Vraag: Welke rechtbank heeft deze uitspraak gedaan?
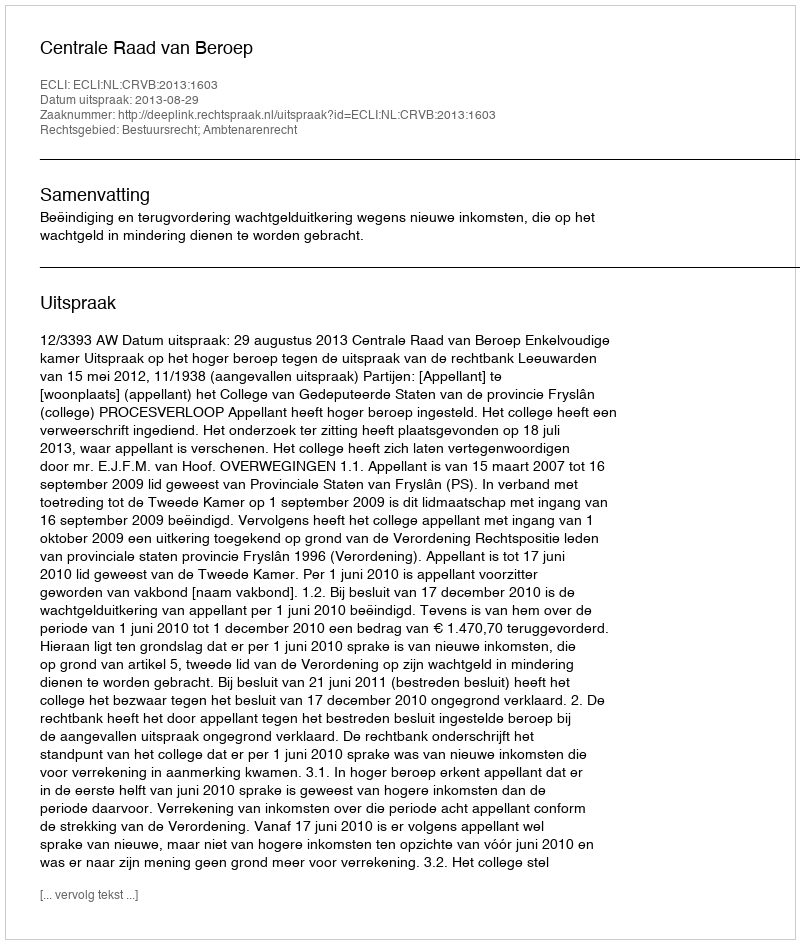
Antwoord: Centrale Raad van Beroep